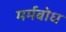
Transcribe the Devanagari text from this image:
मर्मबोध